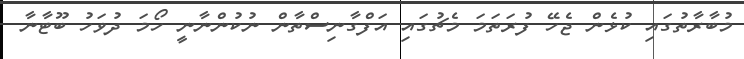
މުބާރާތުގައި ކުޅެން ޖެހޭ ފުރަތަމަ މެޗުގައި އަފްގާނިސްތާން ނުކުންނާނީ ހޯމަ ދުވަހު ބޫޓާނާ